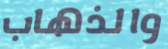
والذهاب